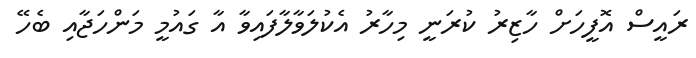
ރައީސް އޮފީހަށް ހާޒިރު ކުރަނީ މިހާރު އެކުލަވާލާފައިވާ އާ ގައުމީ މަންހަޖާއި ބެހޭ